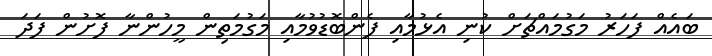
ބައެއް ފަހަރު މަގުމައްޗަށް ކުނި އެޅުމާއި ފެންބޮޑުވުމާއި މަގުމަތިން މީހުންނާ ފޮށުން ފަދަ